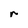
Character: r